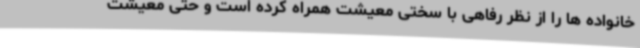
خانواده ها را از نظر رفاهی با سختی معیشت همراه کرده است و حتی معیشت